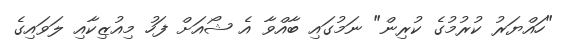
"ހައްޔަރު ކުރުމުގެ ކުރިން" ނަމުގައި ބާއްވާ އެ ޝޯއަށް ފަހު މިއުޒިކާއި ލަވައިގެ